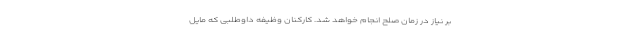
بر نیاز در زمان صلح انجام خواهد شد. کارکنان وظیفه داوطلبی که مایل